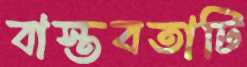
বাস্তবতাটি